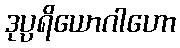
ဒုပ္ပရိယောဂါဟော